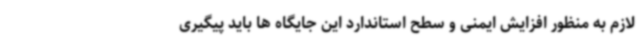
لازم به منظور افزایش ایمنی و سطح استاندارد این جایگاه ها باید پیگیری